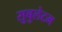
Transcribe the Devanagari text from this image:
सुबुलेटम